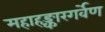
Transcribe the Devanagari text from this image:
महाहङ्कारगर्वेण